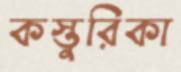
কস্তুরিকা